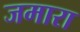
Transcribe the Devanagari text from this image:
जमारा